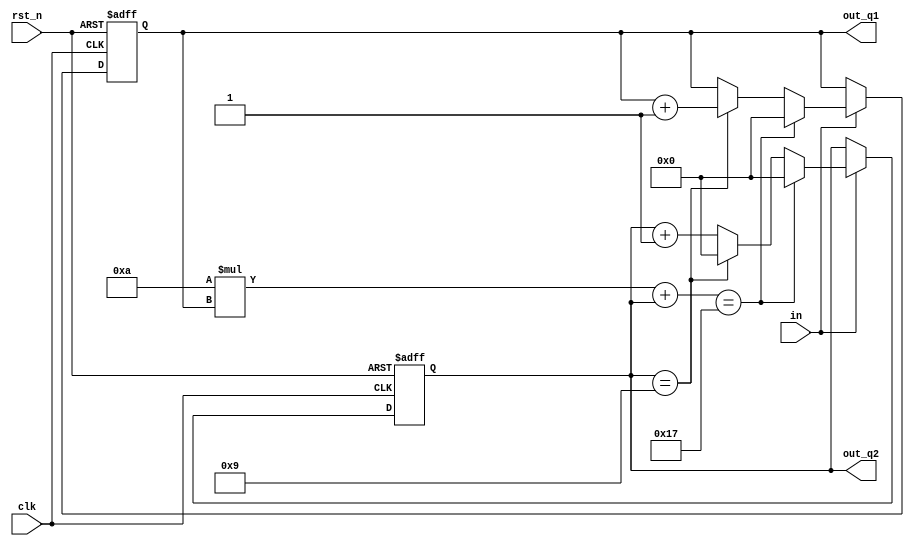
`timescale 1ns / 1ps
module counter_3(clk,in,rst_n,out_q1,out_q2);
input clk;
input in;
input rst_n;
output reg [3:0] out_q1;
output reg [3:0] out_q2;
always@(posedge clk or negedge rst_n) 
    if(~rst_n)
        {out_q1,out_q2} <= 0;
    else if(in)
        begin
            if(10*out_q1 + out_q2 == 23)
                {out_q1,out_q2} <= 0;
            else
                begin
                if (out_q2 == 9)
                    begin
                        out_q1 <= out_q1 + 1;
                        out_q2 <= 0;
                    end
                else 
                    out_q2 <= out_q2 + 1;                
                end
        end
endmodule